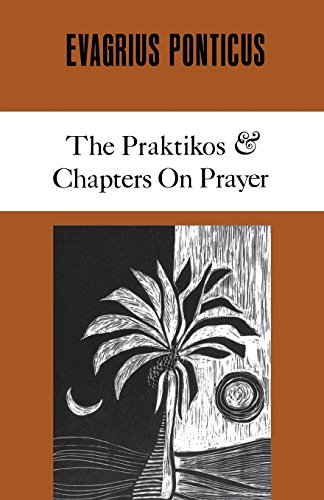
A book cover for Evagrius Ponticus: The Praktikos. Chapters on Prayer (Cistercian Studies); Evagrius Ponticus; Christian Books & Bibles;